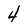
Character: 4